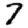
Digit: 7